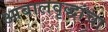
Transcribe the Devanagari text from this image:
आबालवृद्धांचा